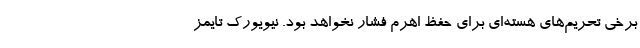
برخی تحریم‌های هسته‌ای برای حفظ اهرم فشار نخواهد بود. نیویورک تایمز